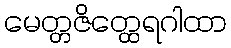
မေတ္တဇိတ္ထေရဂါထာ